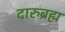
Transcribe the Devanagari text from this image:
दारुब्रह्म